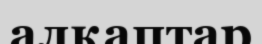
алқаптар